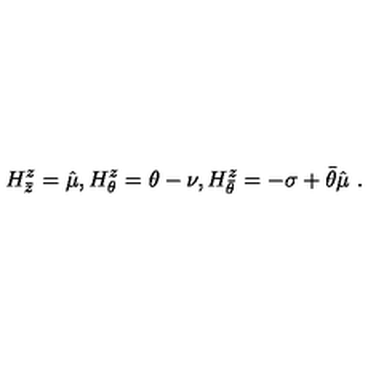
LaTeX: H _ { \bar { z } } ^ { z } = \hat { \mu } , H _ { \theta } ^ { z } = \theta - \nu , H _ { \bar { \theta } } ^ { z } = - \sigma + \bar { \theta } \hat { \mu } \ .